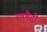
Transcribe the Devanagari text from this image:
स्पगैटो